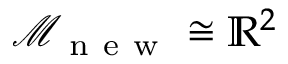
\mathcal { M } _ { \mathrm { ~ n ~ e ~ w ~ } } \cong \mathbb { R } ^ { 2 }